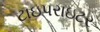
ટાઇપરાઇટર